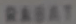
变本加厉下